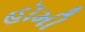
હૉમી